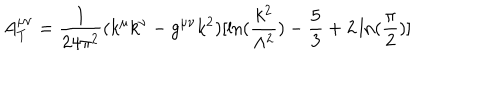
A _ { T } ^ { \mu \nu } = { \frac { 1 } { 2 4 \pi ^ { 2 } } } ( k ^ { \mu } k ^ { \nu } - g ^ { \mu \nu } k ^ { 2 } ) [ \ln ( { \frac { k ^ { 2 } } { \Lambda ^ { 2 } } } ) - \frac { 5 } { 3 } + 2 \ln ( { \frac { \pi } { 2 } } ) ]